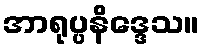
အာရုပ္ပနိဒ္ဒေသ။